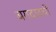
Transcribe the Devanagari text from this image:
बगदादची